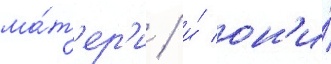
ма́т'ер'и / и́ он'и́